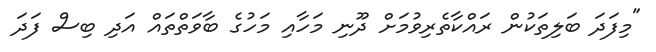
"މިފަދަ ބަލިތަކުން ރައްކާތެރިވުމަށް ދޫނި މަހާއި މަހުގެ ބާވަތްތައް އަދި ބިސް ފަދަ